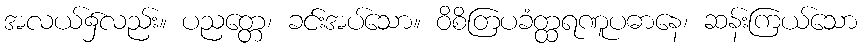
အလယ်၌လည်း။ ပညတ္တေ၊ ခင်းအပ်သော။ ဝိစိတြပခံတ္ထရဏူပဓာနေ၊ ဆန်းကြယ်သော